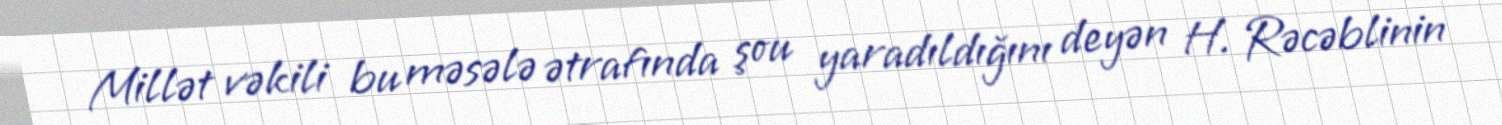
Millət vəkili bu məsələ ətrafında şou yaradıldığını deyən H. Rəcəblinin